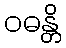
ဝဓန္တိ